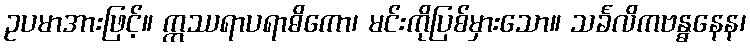
ဥပမာအားဖြင့်။ ဣဿရာပရာဓိကော၊ မင်းကိုပြစ်မှားသော။ သင်္ခလိကဗန္ဓနေန၊